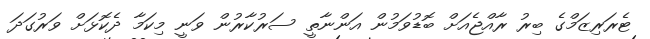
ޓެރަރިޒަމްގެ ބިރު ރާއްޖެއަށް ބޮޑުވަމުން އަންނާތީ ސަރުކާރުން ވަނީ މިކަމާ ދެކޮޅަށް ވަރުގަދަ